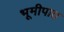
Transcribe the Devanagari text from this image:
भूमीपात